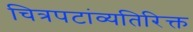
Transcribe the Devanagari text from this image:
चित्रपटांव्यतिरिक्त